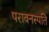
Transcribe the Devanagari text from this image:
परावनस्पति